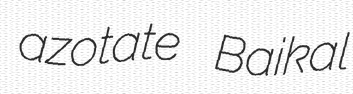
azotate Baikal